Annual report of the Imperial Bacteriological Laboratory, Muktesar
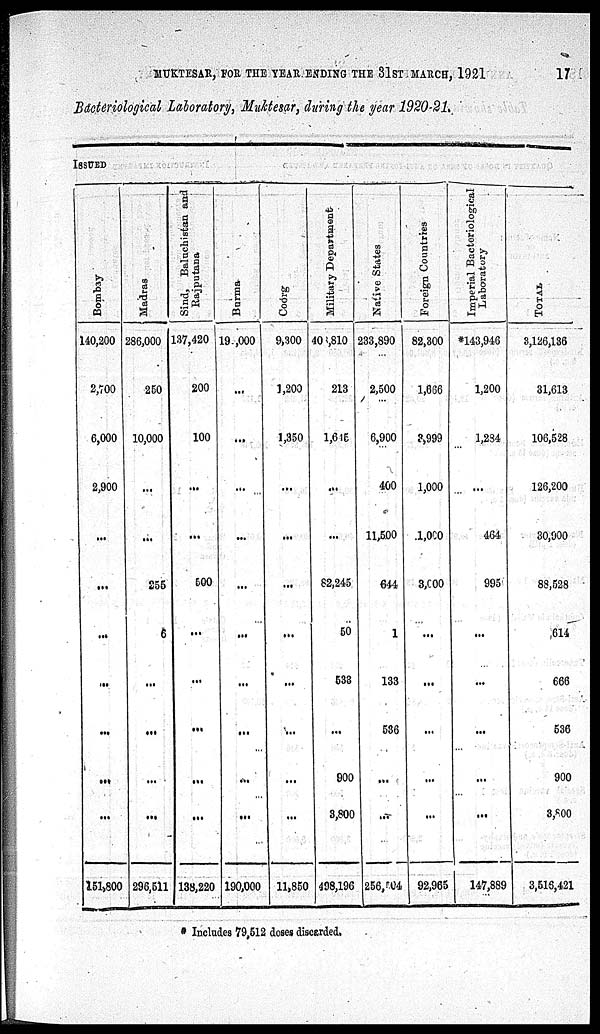
MUKTESAR, FOR THE YEAR ENDING THE 31ST MARCH, 1921
17
Bacteriological Laboratory, Muktesar, during the year 1920-21.
ISSUED
Bo mb a y
140,200
2,700
6,000
2,900
...
...
...
...
...
...
...
151,800
Madras
286,000
250
10,000
...
...
255
6
...
...
...
...
296,511
Sind, Baluchistan and
Rajputana
137,420
200
100
...
...
500
...
...
...
...
...
138,220
Bu r
ma
190,000
...
...
...
...
...
...
...
...
...
...
190,000
Coor g
9,300
1,200
1,350
...
...
...
...
...
...
...
...
11,850
Military Department
408,810
213
1,645
...
...
82,245
50
533
...
900
3,800
498,196
Native St at es
233,890
2,500
6,900
400
11,500
644
1
133
536
...
...
256,504
Foreign Countries
82,300
1,666
3999
1,000
1,000
3,000
...
...
...
...
...
92,965
Imperial Bacteriological
Laboratory
*143,946
1,200
1,234
...
464
995
...
...
...
...
...
147,889
TOTAL
8,126,136
31,613
106,528
126,200
30,900
88,528
614
666
536
900
3,800
3,516,421
* Includes 79,512 doses discarded.